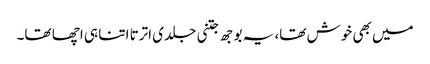
میں بھی خوش تھا، یہ بوجھ جتنی جلدی اترتا اتنا ہی اچھا تھا۔